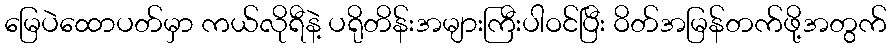
မြေပဲထောပတ်မှာ ကယ်လိုရီနဲ့ ပရိုတိန်းအများကြီးပါဝင်ပြီး ဝိတ်အမြန်တက်ဖို့အတွက်